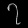
Digit: ၇